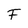
Character: F